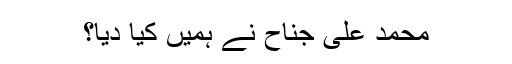
محمد علی جناح نے ہمیں کیا دیا؟